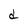
Character: d